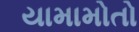
યામામોતો